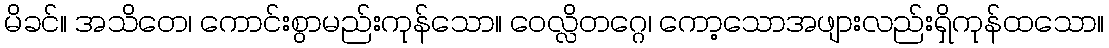
မိခင်။ အသိတေ၊ ကောင်းစွာမည်းကုန်သော။ ဝေလ္လိတဂ္ဂေ၊ ကော့သောအဖျားလည်းရှိကုန်ထသော။